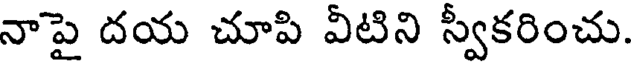
నాపై దయ చూపి వీటిని స్వీకరించు.